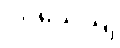
ပဝိသေယျ